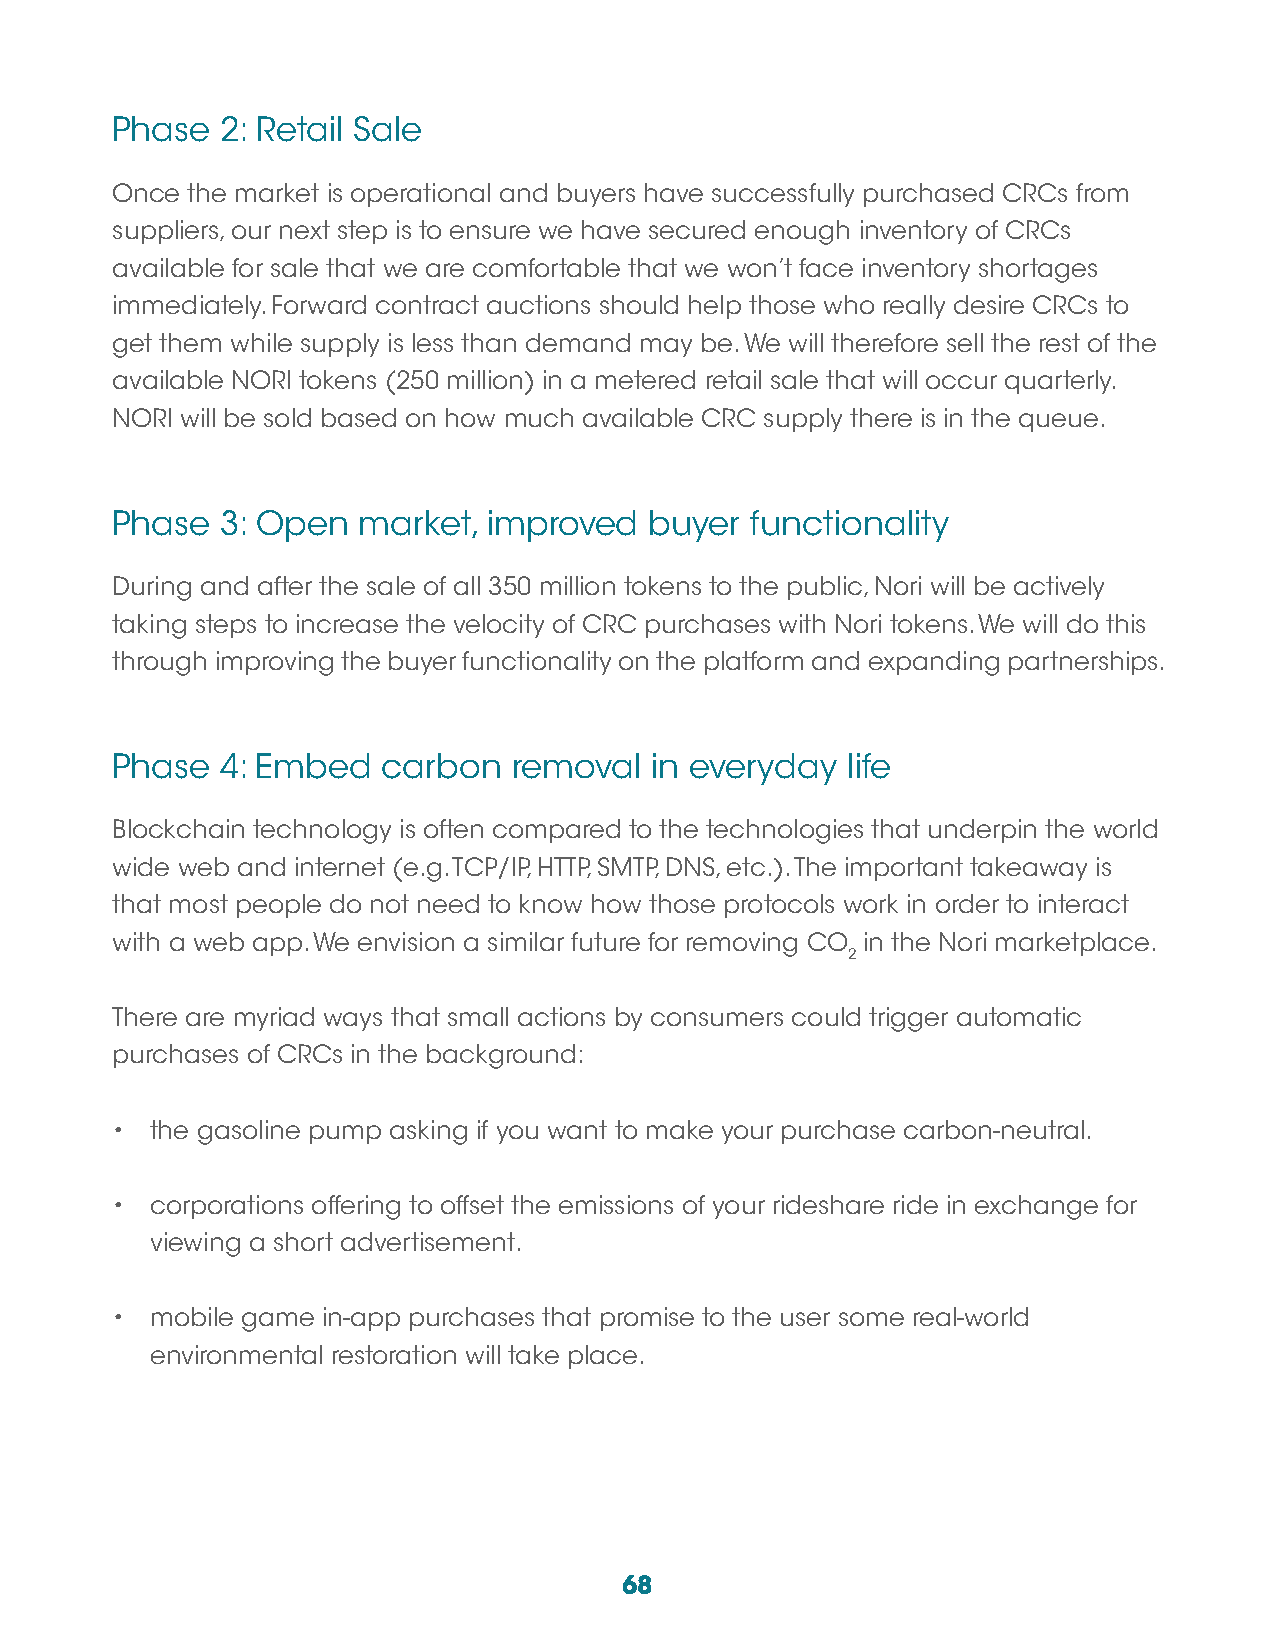
Phase   2: Retail Sale
 Once the market is operational and buyers have successfully purchased CRCs from
 suppliers, our next step is to ensure we have secured enough inventory of CRCs
 available for sale that we are comfortable that we won’t face inventory shortages
 immediately. Forward contract auctions should help those who really desire CRCs to
 get them while supply is less than demand may be. We will therefore sell the rest of the
 available NORI tokens (250 million) in a metered retail sale that will occur quarterly.
 NORI will be sold based on how much available CRC supply there is in the queue.
 Phase   3: Open  market, improved   buyer  functionality
 During and after the sale of all 350 million tokens to the public, Nori will be actively
 taking steps to increase the velocity of CRC purchases with Nori tokens. We will do this
 through improving the buyer functionality on the platform and expanding partnerships.
 Phase   4: Embed  carbon   removal  in everyday  life
 Blockchain technology is often compared to the technologies that underpin the world
 wide web and internet (e.g. TCP/IP, HTTP, SMTP, DNS, etc.). The important takeaway is
 that most people do not need to know how those protocols work in order to interact
 with a web app. We envision a similar future for removing CO in the Nori marketplace.
 2
 There are myriad ways that small actions by consumers could trigger automatic
 purchases of CRCs in the background:
 •  the gasoline pump asking if you want to make your purchase carbon-neutral.
 •  corporations offering to offset the emissions of your rideshare ride in exchange for
 viewing a short advertisement.
 •  mobile game in-app purchases that promise to the user some real-world
 environmental restoration will take place.
 68